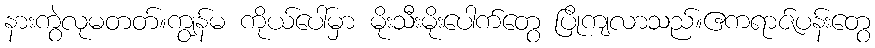
နားကွဲလုမတတ်။ကျွန်မ ကိုယ်ပေါ်မှာ မိုးသီးမိုးပေါက်တွေ ပြိုကျလာသည်။ဧကရာဇ်ပန်းတွေ